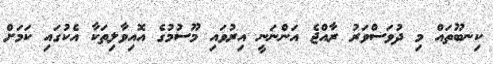
ކިނބޫތައް މި ދުވަސްވަރު ރާއްޖެ އަންނަނީ އިރުވައި މޫސުމުގެ އޮއިވާލިތަކާ އެކުގައި ކަމަށް